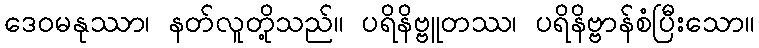
ဒေဝမနုဿာ၊ နတ်လူတို့သည်။ ပရိနိဗ္ဗူတဿ၊ ပရိနိဗ္ဗာန်စံပြီးသော။